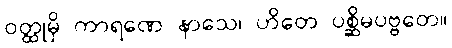
ဝတ္ထုမှိ ကာရဏေ နာသေ၊ ဟိတေ ပစ္ဆိမပဗ္ဗတေ။